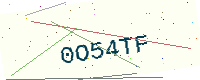
Text: 0O54TF